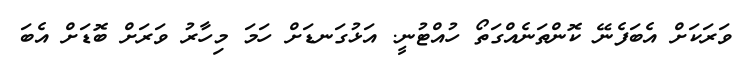
ވަރަކަށް އެބަފެނޭ ކޮންތަނެއްގަތޯ ހުއްޓުނީ. އަޅުގަނޑަށް ހަމަ މިހާރު ވަރަށް ބޮޑަށް އެބަ